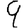
Digit: 9